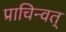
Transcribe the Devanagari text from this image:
प्राचिन्वत्‌